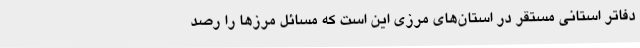
دفاتر استانی مستقر در استان‌های مرزی این است که مسائل مرزها را رصد